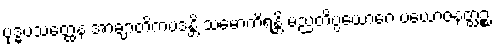
ဗုဒ္ဓပသတ္ထေန အာချာတိကပဒန္တိ သမောကိရန္တိ မညတိပ္ပယောဂေ ပယောဇနတ္ထဉ္စ